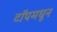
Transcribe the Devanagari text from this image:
टॉपमधून